Annual administration report of the Civil Veterinary Department of India - 1893-1894
Year: 1893
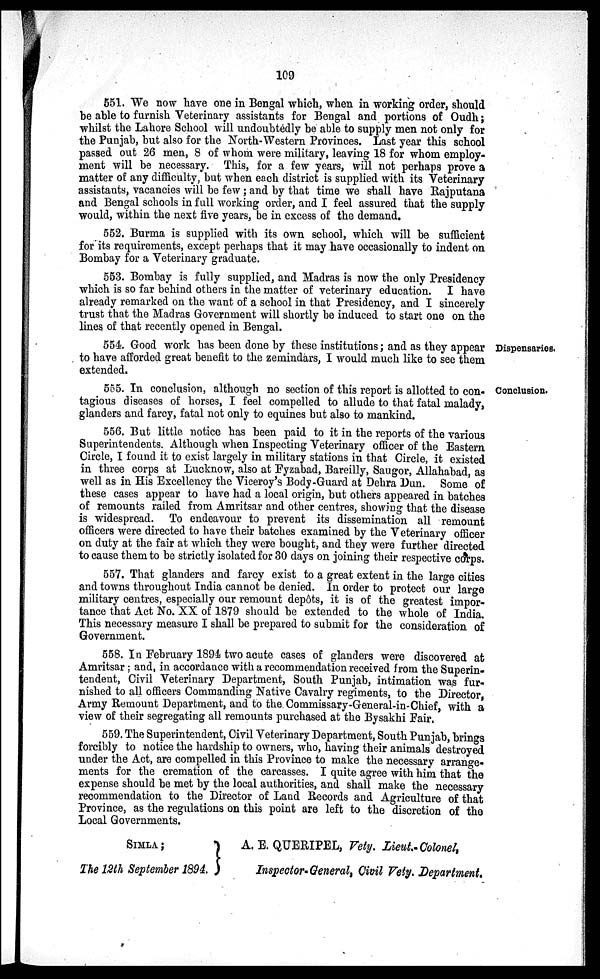
109
551. We now have one in Bengal which, when in working order, should
be able to furnish Veterinary assistants for Bengal and portions of Oudh;
whilst the Lahore School will undoubtedly be able to supply men not only for
the Punjab, but also for the North-Western Provinces. Last year this school
passed out 26 men, 8 of whom were military, leaving 18 for whom employ-
ment will be necessary. This, for a few years, will not perhaps prove a
matter of any difficulty, but when each district is supplied with its Veterinary
assistants, vacancies will be few; and by that time we shall have Rajputana
and Bengal schools in full working order, and I feel assured that the supply
would, within the next five years, be in excess of the demand.
552. Burma is supplied with its own school, which will be sufficient
for its requirements, except perhaps that it may have occasionally to indent on
Bombay for a Veterinary graduate.
553. Bombay is fully supplied, and Madras is now the only Presidency
which is so far behind others in the matter of veterinary education. I have
already remarked on the want of a school in that Presidency, and I sincerely
trust that the Madras Government will shortly be induced to start one on the
lines of that recently opened in Bengal.
Dispensaries.
554. Good work has been done by these institutions; and as they appear
to have afforded great benefit to the zemindars, I would much like to see them
extended.
Conclusion.
555. In conclusion, although no section of this report is allotted to con-
tagious diseases of horses, I feel compelled to allude to that fatal malady,
glanders and farcy, fatal not only to equines but also to mankind.
556. But little notice has been paid to it in the reports of the various
Superintendents. Although when Inspecting Veterinary officer of the Eastern
Circle, I found it to exist largely in military stations in that Circle, it existed
in three corps at Lucknow, also at Fyzabad, Bareilly, Saugor, Allahabad, as
well as in His Excellency the Viceroy's Body-Guard at Dehra Dun. Some of
these cases appear to have had a local origin, but others appeared in batches
of remounts railed from Amritsar and other centres, showing that the disease
is widespread. To endeavour to prevent its dissemination all remount
officers were directed to have their batches examined by the Veterinary officer
on duty at the fair at which they were bought, and they were further directed
to cause them to be strictly isolated for 30 days on joining their respective corps.
557. That glanders and farcy exist to a great extent in the large cities
and towns throughout India cannot be denied. In order to protect our large
military centres, especially our remount depôts, it is of the greatest impor-
tance that Act No. XX of 1879 should be extended to the whole of India.
This necessary measure I shall be prepared to submit for the consideration of
Government.
558. In February 1894 two acute cases of glanders were discovered at
Amritsar; and, in accordance with a recommendation received from the Superin-
tendent, Civil Veterinary Department, South Punjab, intimation was fur-
nished to all officers Commanding Native Cavalry regiments, to the Director,
Army Remount Department, and to the Commissary-General-in-Chief, with a
view of their segregating all remounts purchased at the Bysakhi Fair.
559. The Superintendent, Civil Veterinary Department, South Punjab, brings
forcibly to notice the hardship to owners, who, having their animals destroyed
under the Act, are compelled in this Province to make the necessary arrange-
ments for the cremation of the carcasses. I quite agree with him that the
expense should be met by the local authorities, and shall make the necessary
recommendation to the Director of Land Records and Agriculture of that
Province, as the regulations on this point are left to the discretion of the
Local Governments.
SIMLA ;
The 12th September 1894.
A. E. QUERIPEL, Vety. Lieuk-Colonel,
Inspector-General, Civil Vety. Department,